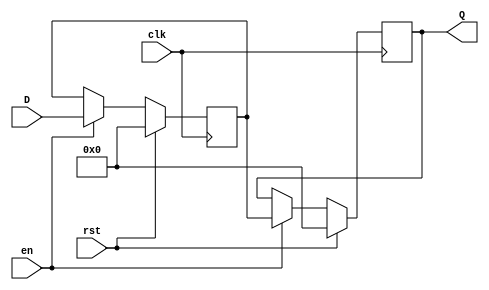
module PipelineBuffer #(
    parameter DATA_WIDTH = 8,   // Width of the data bus
    parameter DEPTH = 1          // Depth of the pipeline (number of stages)
)(
    input wire                  clk,    // Clock signal
    input wire                  rst,    // Synchronous reset signal
    input wire                  en,     // Enable signal to latch data
    input wire [DATA_WIDTH-1:0] D,     // Data input
    output reg [DATA_WIDTH-1:0] Q      // Data output
);

// Internal storage for pipeline stages
reg [DATA_WIDTH-1:0] buffer [0:DEPTH-1];

// Sequential logic for data transfer
integer i;
always @(posedge clk) begin
    if (rst) begin
        // Clear all buffer entries on reset
        for (i = 0; i < DEPTH; i = i + 1) begin
            buffer[i] <= 0;
        end
        Q <= 0; // Clear output on reset
    end else if (en) begin
        // Shift data in the pipeline
        buffer[0] <= D; // Latch new data into the first stage
        for (i = 1; i < DEPTH; i = i + 1) begin
            buffer[i] <= buffer[i-1]; // Shift data through the pipeline
        end
        Q <= buffer[DEPTH-1]; // Output the last stage data
    end
end

endmodule